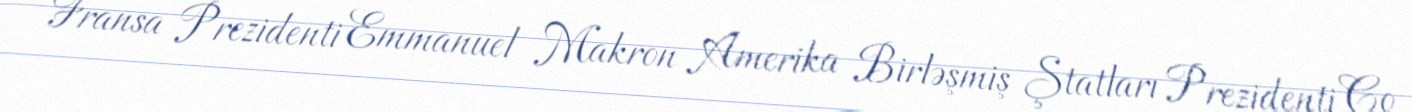
Fransa Prezidenti Emmanuel Makron Amerika Birləşmiş Ştatları Prezidenti Co